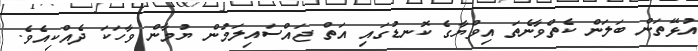
އުޅޭތަން ބަލަން ކެތްވާނެތަ އިވްޔާގެ ކޮނޑުގައި އަތް ޖައްސައިލަމުން ޔުމާން ވާހަކަ ދެއްކިއެވެ.